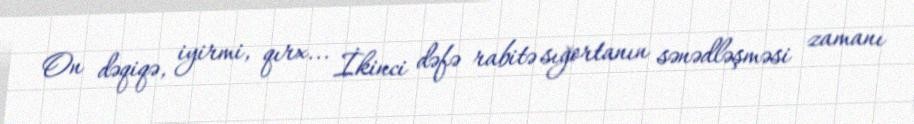
On dəqiqə, iyirmi, qırx... İkinci dəfə rabitə sığortanın sənədləşməsi zamanı